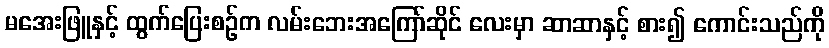
မအေးဖြူနှင့် ထွက်ပြေးစဉ်က လမ်းဘေးအကြော်ဆိုင် လေးမှာ ဆာဆာနှင့် စား၍ ကောင်းသည်ကို